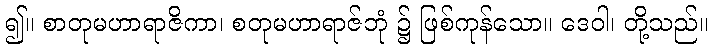
၍။ စာတုမဟာရာဇိကာ၊ စတုမဟာရာဇ်ဘုံ ၌ ဖြစ်ကုန်သော။ ဒေဝါ၊ တို့သည်။